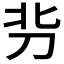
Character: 𰄣